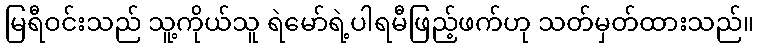
မြရီဝင်းသည် သူ့ကိုယ်သူ ရဲမော်ရဲ့ပါရမီဖြည့်ဖက်ဟု သတ်မှတ်ထားသည်။